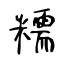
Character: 糯